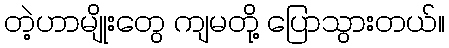
တဲ့ဟာမျိုးတွေ ကျမတို့ ပြောသွားတယ်။